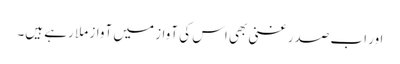
اور اب صدر غنی بھی اس کی آواز میں آواز ملا رہے ہیں۔